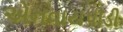
એનવાયપીડી